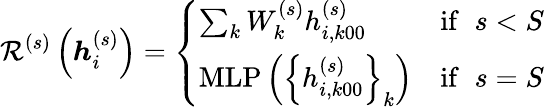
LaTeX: \mathcal{R}^{(s)}\left(\boldsymbol{h}_{i}^{(s)}\right)=\left\{ \begin{array}{ll}{\sum_{k}W_{k}^{(s)}h_{i,k00}^{(s)}}&{\mathrm{if}\; \; s<S}\\ {\mathrm{MLP}\left(\left\{ h_{i,k00}^{(s)}\right\} _{k}\right)}&{\mathrm{if}\; \; s=S}\end{array}\right.